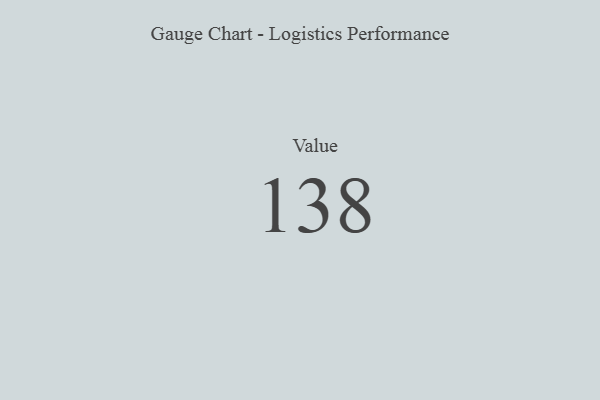
{"axis": {"x": "Metric", "y": "Value"}, "legend": [""], "data": [{"x": "Value", "y": 138, "type": ""}]}